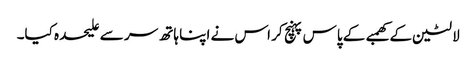
لالٹین کے کھمبے کے پاس پہنچ کر اس نے اپنا ہاتھ سر سے علیحدہ کیا۔